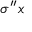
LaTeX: \sigma ^ { \prime \prime } x